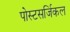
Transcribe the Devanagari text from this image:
पोस्टसर्जिकल